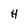
Character: H